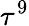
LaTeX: \tau^{9}